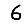
Digit: 6